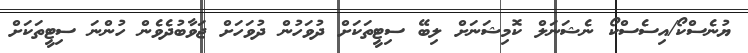
ޔުނެސްކޯ/އިސެސްކޯ ނެޝަނަލް ކޮމިޝަނަށް ލިބޭ ސިޓީތަކަށް ދުވަހުން ދުވަހަށް ޖަވާބުދެވެން ހުންނަ ސިޓީތަކަށް